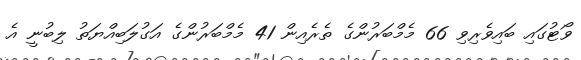
ވޯޓުގައި ބައިވެރިވި 66 މެމްބަރުންގެ ތެރެއިން 41 މެމްބަރުންގެ އަގުލަބިއްޔަތު ލިބުނީ އެ